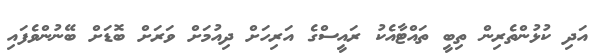
އަދި ކުޅުންތެރިން ތިބީ ތައްޓާއެކު ރައީސްގެ އަރިހަށް ދިއުމަށް ވަރަށް ބޮޑަށް ބޭނުންވެފައި